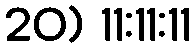
20) 11:11:11